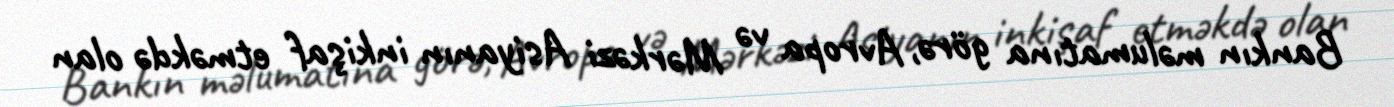
Bankın məlumatına görə, Avropa və Mərkəzi Asiyanın inkişaf etməkdə olan